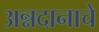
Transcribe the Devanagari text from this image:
अन्नदानाचे